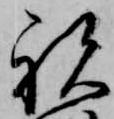
祝